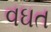
વઘત